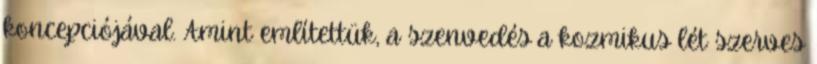
koncepciójával. Amint említettük, a szenvedés a kozmikus lét szerves